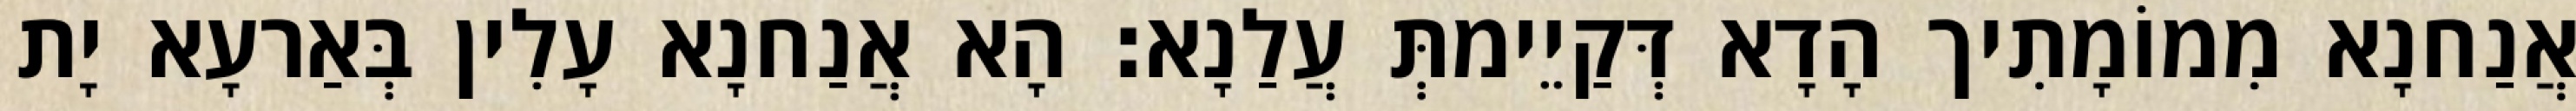
אֲנַחנָא מִמוֹמָתִיך הָדָא דְּקַיֵימתְּ עֲלַנָא׃ הָא אֲנַחנָא עָלִין בְּאַרעָא יָת